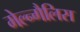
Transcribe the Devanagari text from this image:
मेल्न्गैलिस